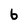
Character: b